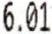
6.01